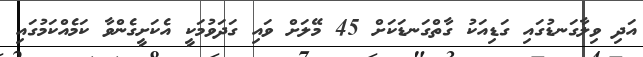
އަދި ވިލާގަނޑުގައި ގަޑިއަކު ގާތްގަނޑަކަށް 45 މޭލަށް ވައި ގަދަވުމަކީ އެކަށީގެންވާ ކަމެއްކަމުގައި